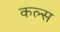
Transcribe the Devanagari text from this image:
कल्स